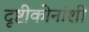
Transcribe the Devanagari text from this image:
दृष्टीकोनांशी